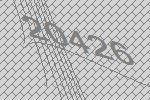
20426